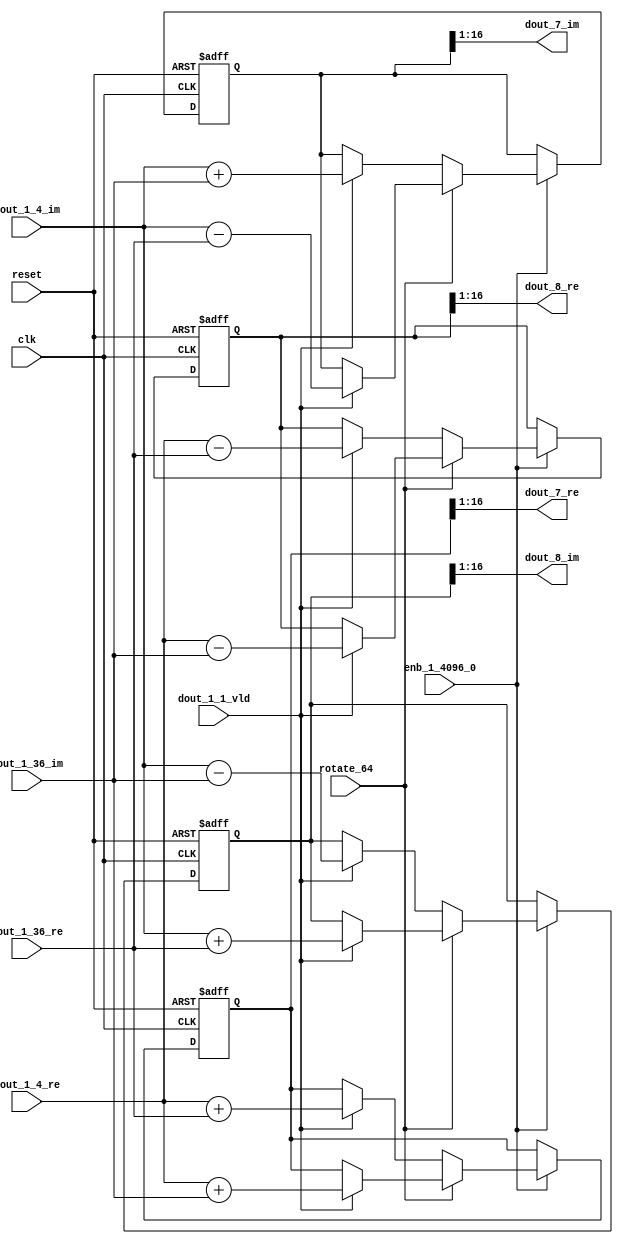
// -------------------------------------------------------------
// 
// 
// Generated by MATLAB 9.14 and HDL Coder 4.1
// 
// -------------------------------------------------------------


// -------------------------------------------------------------
// 
// Module: RADIX22FFT_SDNF2_2_block2
// Source Path: dsphdl.IFFT/RADIX22FFT_SDNF2_2
// Hierarchy Level: 4
// 
// -------------------------------------------------------------

`timescale 1 ns / 1 ns

module RADIX22FFT_SDNF2_2_block2
          (clk,
           reset,
           enb_1_4096_0,
           rotate_64,
           dout_1_4_re,
           dout_1_4_im,
           dout_1_36_re,
           dout_1_36_im,
           dout_1_1_vld,
           dout_7_re,
           dout_7_im,
           dout_8_re,
           dout_8_im);


  input   clk;
  input   reset;
  input   enb_1_4096_0;
  input   rotate_64;  // ufix1
  input   signed [15:0] dout_1_4_re;  // sfix16_En14
  input   signed [15:0] dout_1_4_im;  // sfix16_En14
  input   signed [15:0] dout_1_36_re;  // sfix16_En14
  input   signed [15:0] dout_1_36_im;  // sfix16_En14
  input   dout_1_1_vld;
  output  signed [15:0] dout_7_re;  // sfix16_En14
  output  signed [15:0] dout_7_im;  // sfix16_En14
  output  signed [15:0] dout_8_re;  // sfix16_En14
  output  signed [15:0] dout_8_im;  // sfix16_En14


  reg  Radix22ButterflyG2_NF_din_vld_dly;
  reg signed [16:0] Radix22ButterflyG2_NF_btf1_re_reg;  // sfix17
  reg signed [16:0] Radix22ButterflyG2_NF_btf1_im_reg;  // sfix17
  reg signed [16:0] Radix22ButterflyG2_NF_btf2_re_reg;  // sfix17
  reg signed [16:0] Radix22ButterflyG2_NF_btf2_im_reg;  // sfix17
  reg  Radix22ButterflyG2_NF_din_vld_dly_next;
  reg signed [16:0] Radix22ButterflyG2_NF_btf1_re_reg_next;  // sfix17_En14
  reg signed [16:0] Radix22ButterflyG2_NF_btf1_im_reg_next;  // sfix17_En14
  reg signed [16:0] Radix22ButterflyG2_NF_btf2_re_reg_next;  // sfix17_En14
  reg signed [16:0] Radix22ButterflyG2_NF_btf2_im_reg_next;  // sfix17_En14
  reg signed [15:0] dout_7_re_1;  // sfix16_En14
  reg signed [15:0] dout_7_im_1;  // sfix16_En14
  reg signed [15:0] dout_8_re_1;  // sfix16_En14
  reg signed [15:0] dout_8_im_1;  // sfix16_En14
  reg  dout_2_vld;
  reg signed [16:0] Radix22ButterflyG2_NF_add_cast;  // sfix17_En14
  reg signed [16:0] Radix22ButterflyG2_NF_add_cast_0;  // sfix17_En14
  reg signed [16:0] Radix22ButterflyG2_NF_add_cast_1;  // sfix17_En14
  reg signed [16:0] Radix22ButterflyG2_NF_add_cast_2;  // sfix17_En14
  reg signed [16:0] Radix22ButterflyG2_NF_sub_cast;  // sfix17_En14
  reg signed [16:0] Radix22ButterflyG2_NF_sub_cast_0;  // sfix17_En14
  reg signed [16:0] Radix22ButterflyG2_NF_sub_cast_1;  // sfix17_En14
  reg signed [16:0] Radix22ButterflyG2_NF_sub_cast_2;  // sfix17_En14
  reg signed [16:0] Radix22ButterflyG2_NF_sra_temp;  // sfix17_En14
  reg signed [16:0] Radix22ButterflyG2_NF_add_cast_3;  // sfix17_En14
  reg signed [16:0] Radix22ButterflyG2_NF_add_cast_4;  // sfix17_En14
  reg signed [16:0] Radix22ButterflyG2_NF_add_cast_5;  // sfix17_En14
  reg signed [16:0] Radix22ButterflyG2_NF_add_cast_6;  // sfix17_En14
  reg signed [16:0] Radix22ButterflyG2_NF_sra_temp_0;  // sfix17_En14
  reg signed [16:0] Radix22ButterflyG2_NF_sub_cast_3;  // sfix17_En14
  reg signed [16:0] Radix22ButterflyG2_NF_sub_cast_4;  // sfix17_En14
  reg signed [16:0] Radix22ButterflyG2_NF_sub_cast_5;  // sfix17_En14
  reg signed [16:0] Radix22ButterflyG2_NF_sub_cast_6;  // sfix17_En14
  reg signed [16:0] Radix22ButterflyG2_NF_sra_temp_1;  // sfix17_En14
  reg signed [16:0] Radix22ButterflyG2_NF_sra_temp_2;  // sfix17_En14


  // Radix22ButterflyG2_NF
  always @(posedge clk or posedge reset)
    begin : Radix22ButterflyG2_NF_process
      if (reset == 1'b1) begin
        Radix22ButterflyG2_NF_din_vld_dly <= 1'b0;
        Radix22ButterflyG2_NF_btf1_re_reg <= 17'sb00000000000000000;
        Radix22ButterflyG2_NF_btf1_im_reg <= 17'sb00000000000000000;
        Radix22ButterflyG2_NF_btf2_re_reg <= 17'sb00000000000000000;
        Radix22ButterflyG2_NF_btf2_im_reg <= 17'sb00000000000000000;
      end
      else begin
        if (enb_1_4096_0) begin
          Radix22ButterflyG2_NF_din_vld_dly <= Radix22ButterflyG2_NF_din_vld_dly_next;
          Radix22ButterflyG2_NF_btf1_re_reg <= Radix22ButterflyG2_NF_btf1_re_reg_next;
          Radix22ButterflyG2_NF_btf1_im_reg <= Radix22ButterflyG2_NF_btf1_im_reg_next;
          Radix22ButterflyG2_NF_btf2_re_reg <= Radix22ButterflyG2_NF_btf2_re_reg_next;
          Radix22ButterflyG2_NF_btf2_im_reg <= Radix22ButterflyG2_NF_btf2_im_reg_next;
        end
      end
    end

  always @(Radix22ButterflyG2_NF_btf1_im_reg, Radix22ButterflyG2_NF_btf1_re_reg,
       Radix22ButterflyG2_NF_btf2_im_reg, Radix22ButterflyG2_NF_btf2_re_reg,
       Radix22ButterflyG2_NF_din_vld_dly, dout_1_1_vld, dout_1_36_im,
       dout_1_36_re, dout_1_4_im, dout_1_4_re, rotate_64) begin
    Radix22ButterflyG2_NF_add_cast_1 = 17'sb00000000000000000;
    Radix22ButterflyG2_NF_add_cast_2 = 17'sb00000000000000000;
    Radix22ButterflyG2_NF_sub_cast_1 = 17'sb00000000000000000;
    Radix22ButterflyG2_NF_sub_cast_2 = 17'sb00000000000000000;
    Radix22ButterflyG2_NF_add_cast_5 = 17'sb00000000000000000;
    Radix22ButterflyG2_NF_add_cast_6 = 17'sb00000000000000000;
    Radix22ButterflyG2_NF_sub_cast_5 = 17'sb00000000000000000;
    Radix22ButterflyG2_NF_sub_cast_6 = 17'sb00000000000000000;
    Radix22ButterflyG2_NF_add_cast = 17'sb00000000000000000;
    Radix22ButterflyG2_NF_add_cast_0 = 17'sb00000000000000000;
    Radix22ButterflyG2_NF_sub_cast = 17'sb00000000000000000;
    Radix22ButterflyG2_NF_sub_cast_0 = 17'sb00000000000000000;
    Radix22ButterflyG2_NF_add_cast_3 = 17'sb00000000000000000;
    Radix22ButterflyG2_NF_add_cast_4 = 17'sb00000000000000000;
    Radix22ButterflyG2_NF_sub_cast_3 = 17'sb00000000000000000;
    Radix22ButterflyG2_NF_sub_cast_4 = 17'sb00000000000000000;
    Radix22ButterflyG2_NF_btf1_re_reg_next = Radix22ButterflyG2_NF_btf1_re_reg;
    Radix22ButterflyG2_NF_btf1_im_reg_next = Radix22ButterflyG2_NF_btf1_im_reg;
    Radix22ButterflyG2_NF_btf2_re_reg_next = Radix22ButterflyG2_NF_btf2_re_reg;
    Radix22ButterflyG2_NF_btf2_im_reg_next = Radix22ButterflyG2_NF_btf2_im_reg;
    Radix22ButterflyG2_NF_din_vld_dly_next = dout_1_1_vld;
    if (rotate_64 != 1'b0) begin
      if (dout_1_1_vld) begin
        Radix22ButterflyG2_NF_add_cast_1 = {dout_1_4_re[15], dout_1_4_re};
        Radix22ButterflyG2_NF_add_cast_2 = {dout_1_36_im[15], dout_1_36_im};
        Radix22ButterflyG2_NF_btf1_re_reg_next = Radix22ButterflyG2_NF_add_cast_1 + Radix22ButterflyG2_NF_add_cast_2;
        Radix22ButterflyG2_NF_sub_cast_1 = {dout_1_4_re[15], dout_1_4_re};
        Radix22ButterflyG2_NF_sub_cast_2 = {dout_1_36_im[15], dout_1_36_im};
        Radix22ButterflyG2_NF_btf2_re_reg_next = Radix22ButterflyG2_NF_sub_cast_1 - Radix22ButterflyG2_NF_sub_cast_2;
        Radix22ButterflyG2_NF_add_cast_5 = {dout_1_4_im[15], dout_1_4_im};
        Radix22ButterflyG2_NF_add_cast_6 = {dout_1_36_re[15], dout_1_36_re};
        Radix22ButterflyG2_NF_btf2_im_reg_next = Radix22ButterflyG2_NF_add_cast_5 + Radix22ButterflyG2_NF_add_cast_6;
        Radix22ButterflyG2_NF_sub_cast_5 = {dout_1_4_im[15], dout_1_4_im};
        Radix22ButterflyG2_NF_sub_cast_6 = {dout_1_36_re[15], dout_1_36_re};
        Radix22ButterflyG2_NF_btf1_im_reg_next = Radix22ButterflyG2_NF_sub_cast_5 - Radix22ButterflyG2_NF_sub_cast_6;
      end
    end
    else if (dout_1_1_vld) begin
      Radix22ButterflyG2_NF_add_cast = {dout_1_4_re[15], dout_1_4_re};
      Radix22ButterflyG2_NF_add_cast_0 = {dout_1_36_re[15], dout_1_36_re};
      Radix22ButterflyG2_NF_btf1_re_reg_next = Radix22ButterflyG2_NF_add_cast + Radix22ButterflyG2_NF_add_cast_0;
      Radix22ButterflyG2_NF_sub_cast = {dout_1_4_re[15], dout_1_4_re};
      Radix22ButterflyG2_NF_sub_cast_0 = {dout_1_36_re[15], dout_1_36_re};
      Radix22ButterflyG2_NF_btf2_re_reg_next = Radix22ButterflyG2_NF_sub_cast - Radix22ButterflyG2_NF_sub_cast_0;
      Radix22ButterflyG2_NF_add_cast_3 = {dout_1_4_im[15], dout_1_4_im};
      Radix22ButterflyG2_NF_add_cast_4 = {dout_1_36_im[15], dout_1_36_im};
      Radix22ButterflyG2_NF_btf1_im_reg_next = Radix22ButterflyG2_NF_add_cast_3 + Radix22ButterflyG2_NF_add_cast_4;
      Radix22ButterflyG2_NF_sub_cast_3 = {dout_1_4_im[15], dout_1_4_im};
      Radix22ButterflyG2_NF_sub_cast_4 = {dout_1_36_im[15], dout_1_36_im};
      Radix22ButterflyG2_NF_btf2_im_reg_next = Radix22ButterflyG2_NF_sub_cast_3 - Radix22ButterflyG2_NF_sub_cast_4;
    end
    Radix22ButterflyG2_NF_sra_temp = Radix22ButterflyG2_NF_btf1_re_reg >>> 8'd1;
    dout_7_re_1 = Radix22ButterflyG2_NF_sra_temp[15:0];
    Radix22ButterflyG2_NF_sra_temp_0 = Radix22ButterflyG2_NF_btf1_im_reg >>> 8'd1;
    dout_7_im_1 = Radix22ButterflyG2_NF_sra_temp_0[15:0];
    Radix22ButterflyG2_NF_sra_temp_1 = Radix22ButterflyG2_NF_btf2_re_reg >>> 8'd1;
    dout_8_re_1 = Radix22ButterflyG2_NF_sra_temp_1[15:0];
    Radix22ButterflyG2_NF_sra_temp_2 = Radix22ButterflyG2_NF_btf2_im_reg >>> 8'd1;
    dout_8_im_1 = Radix22ButterflyG2_NF_sra_temp_2[15:0];
    dout_2_vld = Radix22ButterflyG2_NF_din_vld_dly;
  end



  assign dout_7_re = dout_7_re_1;

  assign dout_7_im = dout_7_im_1;

  assign dout_8_re = dout_8_re_1;

  assign dout_8_im = dout_8_im_1;

endmodule  // RADIX22FFT_SDNF2_2_block2